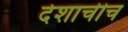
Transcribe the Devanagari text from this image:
देशाचीच